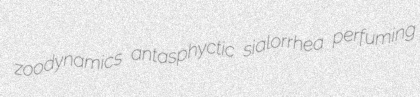
zoodynamics antasphyctic sialorrhea perfuming